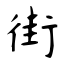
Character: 街